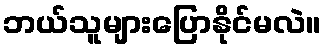
ဘယ်သူများပြောနိုင်မလဲ။